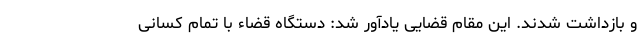
و بازداشت شدند. این مقام قضایی یادآور شد: دستگاه قضاء با تمام کسانی